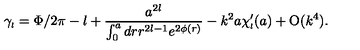
\gamma _ { \scriptscriptstyle { l } } = \Phi / 2 \pi - l + \frac { a ^ { 2 l } } { \int _ { 0 } ^ { a } d r r ^ { 2 l - 1 } e ^ { 2 \phi ( r ) } } - k ^ { 2 } a \chi _ { \scriptscriptstyle { l } } ^ { \prime } ( a ) + \mathrm { O } ( k ^ { 4 } ) .